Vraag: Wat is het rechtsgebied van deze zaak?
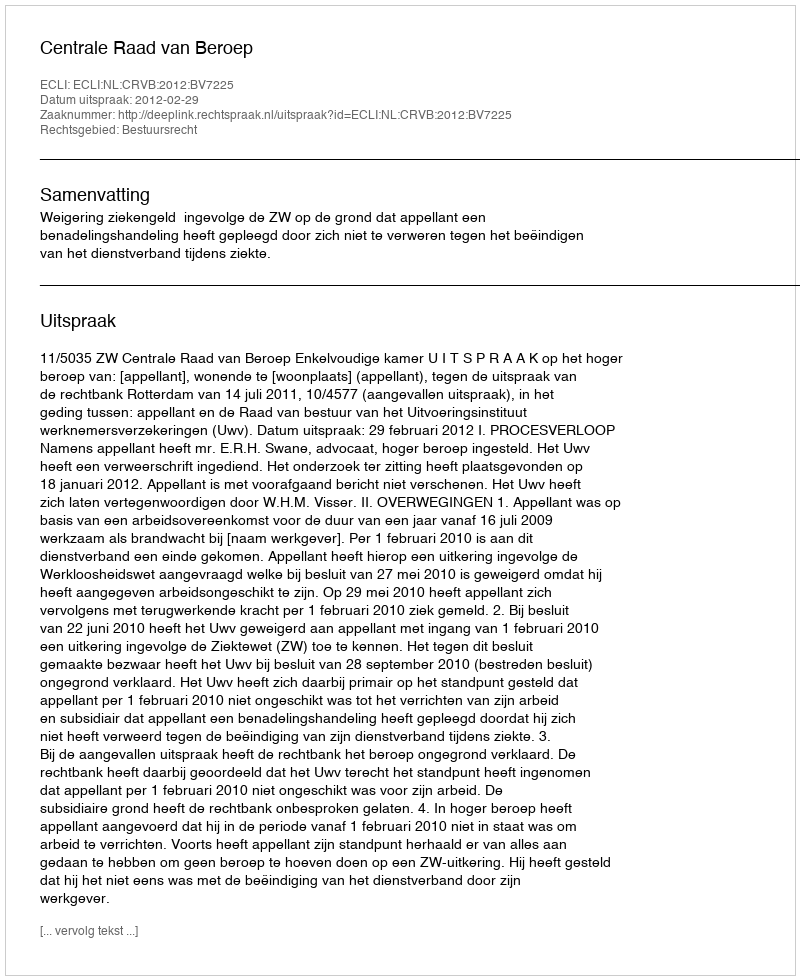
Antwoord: Bestuursrecht